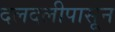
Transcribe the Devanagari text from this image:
दलदलीपासून